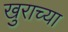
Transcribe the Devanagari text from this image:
खुराच्या